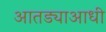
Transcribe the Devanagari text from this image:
आतड्याआधी